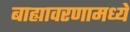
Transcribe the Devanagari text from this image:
बाह्यावरणामध्ये